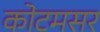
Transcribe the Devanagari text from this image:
कोटमसर